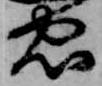
忠